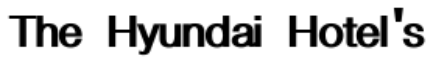
The Hyundai Hotel's